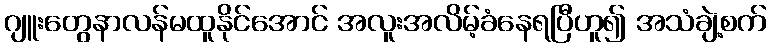
ဂျူးတွေနာလန်မထူနိုင်အောင် အလူးအလိမ့်ခံနေရပြီဟူ၍ အသံချဲ့စက်